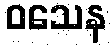
ဝသေန